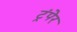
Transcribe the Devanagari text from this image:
ट्रंपेर